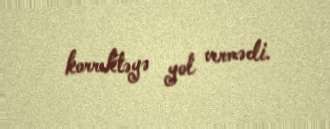
korrektəyə yol vermədi.